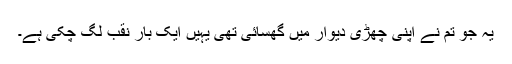
یہ جو تم نے اپنی چھڑی دیوار میں گھسائی تھی یہیں ایک بار نقب لگ چکی ہے۔